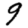
Digit: 9